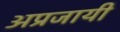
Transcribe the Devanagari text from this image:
अप्रजायी